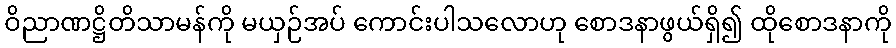
ဝိညာဏဋ္ဌိတိသာမန်ကို မယှဉ်အပ် ကောင်းပါသလောဟု စောဒနာဖွယ်ရှိ၍ ထိုစောဒနာကို